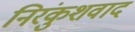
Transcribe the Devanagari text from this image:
निरंकुशवाद